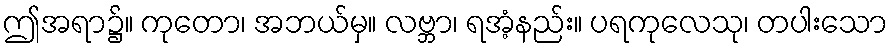
ဤအရာ၌။ ကုတော၊ အဘယ်မှ။ လဗ္ဘာ၊ ရအံ့နည်း။ ပရကုလေသု၊ တပါးသော